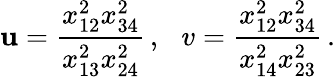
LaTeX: \mathbf{u}=\frac{{x_{12}^{2}x_{34}^{2}}}{{x_{13}^{2}x_{24}^{2}}}\, ,\, \, \, \, v=\frac{{x_{12}^{2}x_{34}^{2}}}{{x_{14}^{2}x_{23}^{2}}}\, .